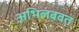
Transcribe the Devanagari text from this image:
अभिलंबवत